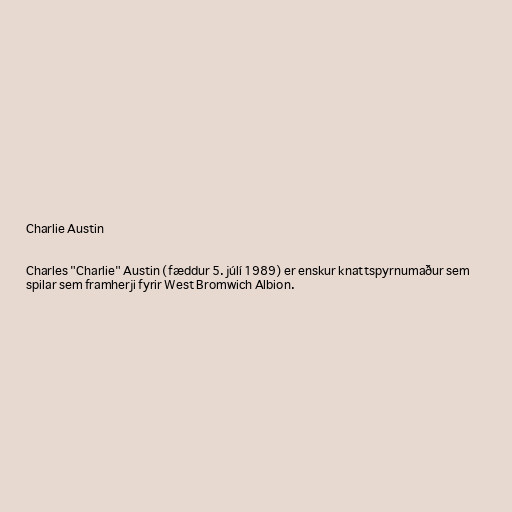
Charlie Austin

Charles "Charlie" Austin (fæddur 5. júlí 1989) er enskur knattspyrnumaður sem
spilar sem framherji fyrir West Bromwich Albion.